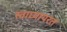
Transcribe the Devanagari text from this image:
स्वाध्यायरत